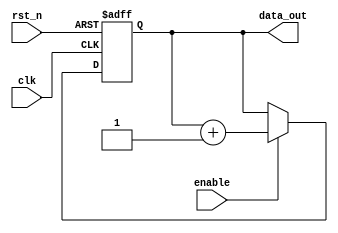
module reset_example (
    input wire clk,            // Clock input
    input wire rst_n,         // Active-low reset signal
    input wire enable,        // Some enable signal for normal operation
    output reg [7:0] data_out // Example output register
);

// Initial state for registers on simulation reset
initial begin
    data_out = 8'b0; // Initializing output register to zero
end

// Asynchronous reset behavioral block
always @ (posedge clk or negedge rst_n) begin
    if (!rst_n) begin
        // Behavior on reset: initialize registers
        data_out <= 8'b0;  // Clear data_out to zero
        // Additional registers or states can be initialized here
    end else if (enable) begin
        // Normal operation logic can be implemented here
        data_out <= data_out + 1; // Example increment operation
    end
end

// Timing considerations: Minimum pulse width and synchronization can be handled in system constraints

endmodule